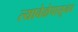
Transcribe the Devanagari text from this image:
त्यावेळेपासूनच